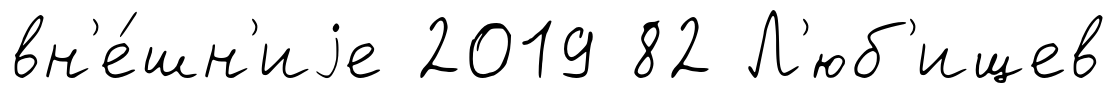
вн'е́шн'иjе 2019 82 Л'юб'ищев